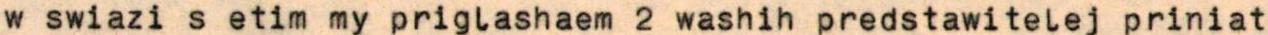
w swiazi s etim my priglashaem 2 washih predstawitelej priniat